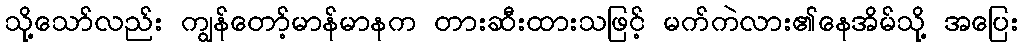
သို့သော်လည်း ကျွန်တော့်မာန်မာနက တားဆီးထားသဖြင့် မက်ကဲလား၏နေအိမ်သို့ အပြေး